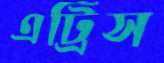
এট্রিস